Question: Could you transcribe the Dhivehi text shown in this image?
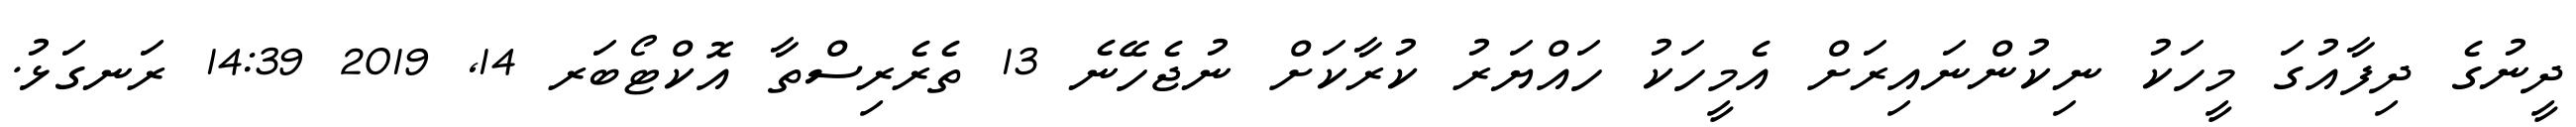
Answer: ދީނުގެ ދިފާއުގަ މީހަކު ނިކުންނައިރަށް އެމީހަކު ހައްޔަރު ކުރާކަށް ނުޖެހޭނެ 13 ތެރެރިސްތާ އޮކްޓޯބަރ 14, 2019 14:39 ރަނގަޅު.